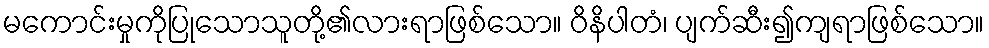
မကောင်းမှုကိုပြုသောသူတို့၏လားရာဖြစ်သော။ ဝိနိပါတံ၊ ပျက်ဆီး၍ကျရာဖြစ်သော။